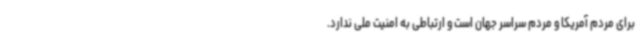
برای مردم آمریکا و مردم سراسر جهان است و ارتباطی به امنیت ملی ندارد.